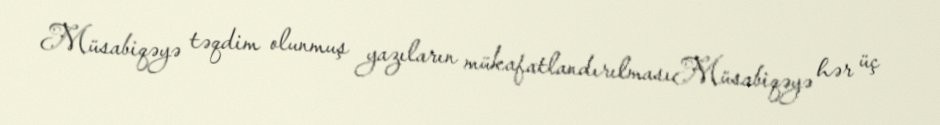
Müsabiqəyə təqdim olunmuş yazıların mükafatlandırılmasıMüsabiqəyə hər üç